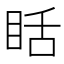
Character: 䀨